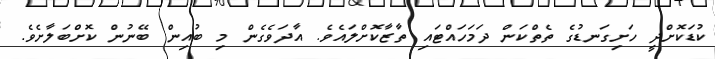
ކުޑަކޮށްދީ ހަށިގަނޑުގެ ތެތްކަން ދަމަހައްޓައި ތާޒާކޮށްލައެވެ. އާދަވެގެން މި ބުއިން ބޭނުން ކޮށްބަލާށެވެ.